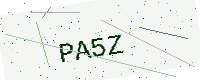
Text: PA5Z